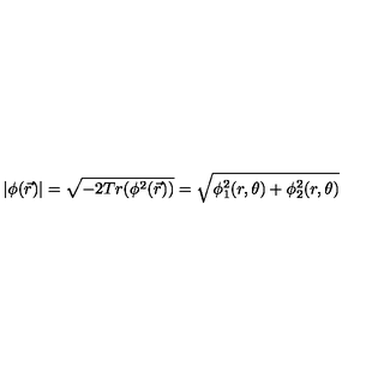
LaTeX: | \phi ( \vec { r } ) | = \sqrt { - 2 T r ( \phi ^ { 2 } ( \vec { r } ) ) } = \sqrt { \phi _ { 1 } ^ { 2 } ( r , \theta ) + \phi _ { 2 } ^ { 2 } ( r , \theta ) }